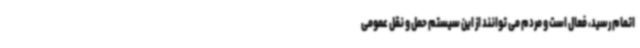
اتمام رسید، فعال است و مردم می توانند از این سیستم حمل و نقل عمومی